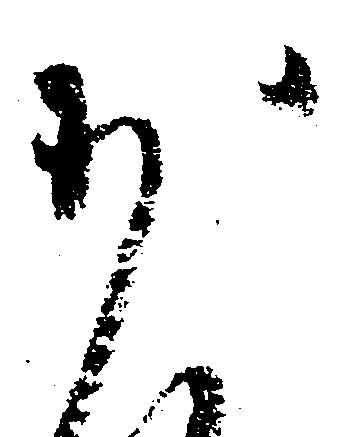
少